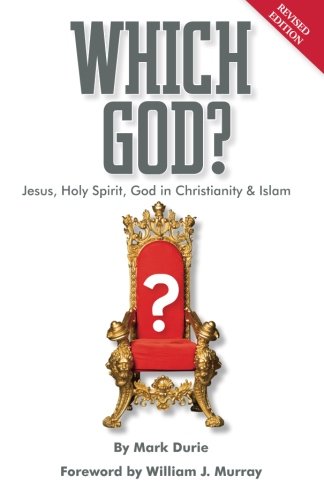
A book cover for Which God?: Jesus, Holy Spirit, God in Christianity and Islam; Mark Durie; Religion & Spirituality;